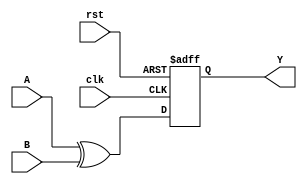
module XOR_Gate_Delay (
    input A,
    input B,
    output Y,
    input clk,
    input rst
);

reg internal_signal;

always @(posedge clk or posedge rst) begin
    if (rst) begin
        internal_signal <= 1'b0;
    end else begin
        internal_signal <= A ^ B;
    end
end

assign Y = internal_signal;

endmodule